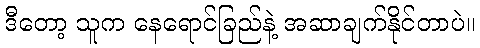
ဒီတော့ သူက နေရောင်ခြည်နဲ့ အဆာချက်နိုင်တာပဲ။